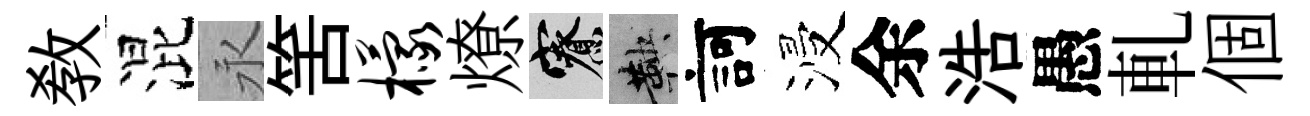
敎混永筈檬燎寮鞅訶浸余浩愚軋個